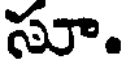
సూ.